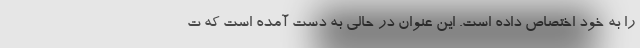
را به خود اختصاص داده است. این عنوان در حالی به دست آمده است که ت